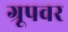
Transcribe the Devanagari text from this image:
ग्रूपवर